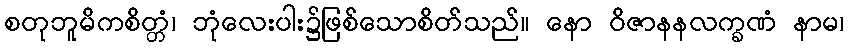
စတုဘူမိကစိတ္တံ၊ ဘုံလေးပါး၌ဖြစ်သောစိတ်သည်။ နော ဝိဇာနနလက္ခဏံ နာမ၊